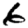
Digit: 6